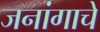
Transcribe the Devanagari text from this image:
जनांगाचे